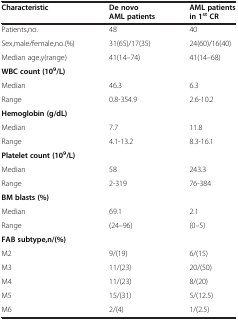
| Characteristic | De novo AML patients | AML patients in 1stCR |
 | --- | --- | --- |
 | Patients,no. | 48 | 40 |
 | Sex,male/female,no.(%) | 31(65)/17(35) | 24(60)/16(40) |
 | Median age,y(range) | 41(14–74) | 41(14–68) |
 | <COLSPAN=3> WBC count (109/L) |
 | Median | 46.3 | 6.3 |
 | Range | 0.8-354.9 | 2.6-10.2 |
 | <COLSPAN=3> Hemoglobin (g/dL) |
 | Median | 7.7 | 11.8 |
 | Range | 4.1-13.2 | 8.3-16.1 |
 | <COLSPAN=3> Platelet count (109/L) |
 | Median | 58 | 243.3 |
 | Range | 2-319 | 76-384 |
 | <COLSPAN=3> BM blasts (%) |
 | Median | 69.1 | 2.1 |
 | Range | (24–96) | (0–5) |
 | <COLSPAN=3> FAB subtype,n/(%) |
 | M2 | 9/(19) | 6/(15) |
 | M3 | 11/(23) | 20/(50) |
 | M4 | 11/(23) | 8/(20) |
 | M5 | 15/(31) | 5/(12.5) |
 | M6 | 2/(4) | 1/(2.5) |